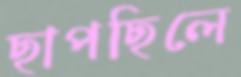
ছাপছিলে